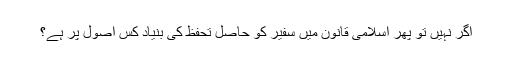
اگر نہیں تو پھر اسلامی قانون میں سفیر کو حاصل تحفظ کی بنیاد کس اصول پر ہے؟